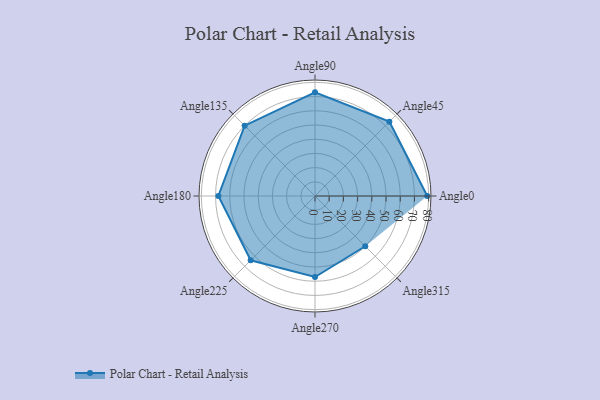
{"axis": {"x": "Angle", "y": "Radius"}, "legend": [""], "data": [{"x": "Angle0", "y": 79.0, "type": ""}, {"x": "Angle45", "y": 74.0, "type": ""}, {"x": "Angle90", "y": 73.0, "type": ""}, {"x": "Angle135", "y": 70.0, "type": ""}, {"x": "Angle180", "y": 68.0, "type": ""}, {"x": "Angle225", "y": 64.0, "type": ""}, {"x": "Angle270", "y": 57.0, "type": ""}, {"x": "Angle315", "y": 50.0, "type": ""}]}